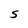
Character: S